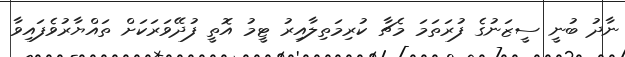
ނާދު ބުނީ ސީޒަނުގެ ފުރަތަމަ މެޗާ ކުރިމަތިލާއިރު ޓީމު އޮތީ ފުދޭވަރަކަށް ތައްޔާރުވެފައިވާ